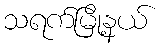
သရက်မြို့နယ်